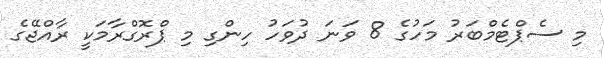
މި ސެޕްޓެމްބަރު މަހުގެ 8 ވަނަ ދުވަހު ހިންގި މި ޕްރޮގްރާމަކީ ރާއްޖޭގެ